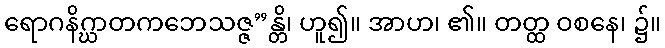
ရောဂနိဂ္ဃာတကဘေသဇ္ဇ”န္တိ၊ ဟူ၍။ အာဟ၊ ၏။ တတ္ထ ဝစနေ၊ ၌။